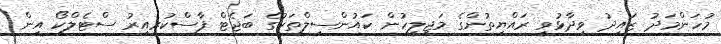
މުހަންމަދު ޒައިދު ވިދާޅުވީ ރައްޔިތުންގެ މަޖިލީހުން ކައުންސިލްތަކުގެ ބަޖެޓް ފާސްކުރިއިރު ސްޓެލްކޯ އިން